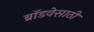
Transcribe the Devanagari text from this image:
ब्रॉडवेसाठी